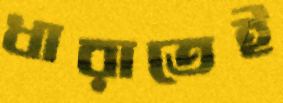
ধারাতেই